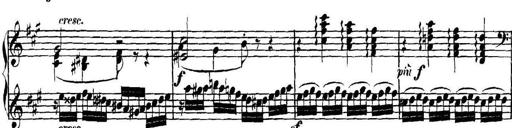
Title: Collected Piano Sonatas
Composer: Muzio Clementi